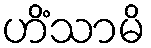
ဟိံသာမိ